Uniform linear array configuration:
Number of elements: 4
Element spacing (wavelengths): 0.75
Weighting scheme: hann
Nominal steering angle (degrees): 15
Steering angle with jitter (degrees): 13.048
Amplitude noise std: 0.05
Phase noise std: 0.05

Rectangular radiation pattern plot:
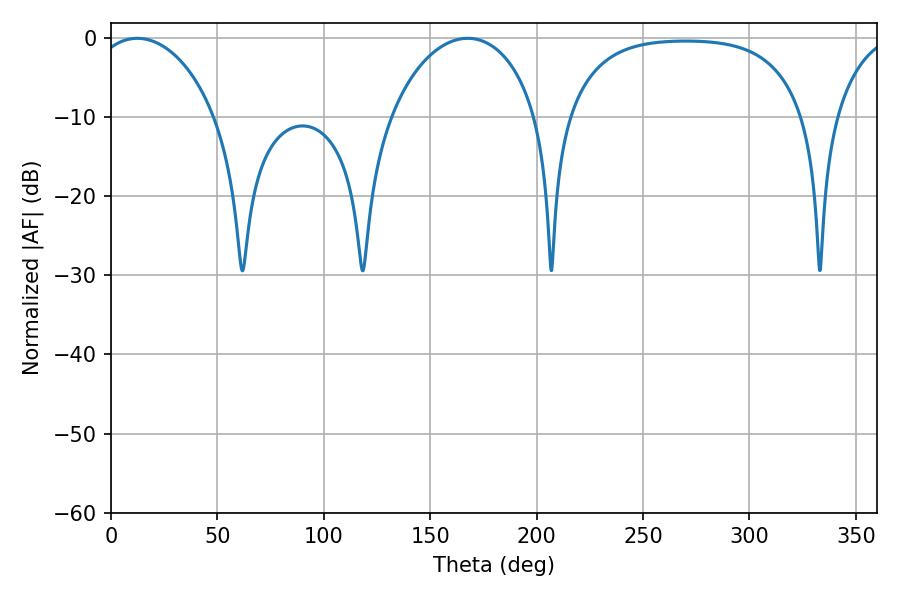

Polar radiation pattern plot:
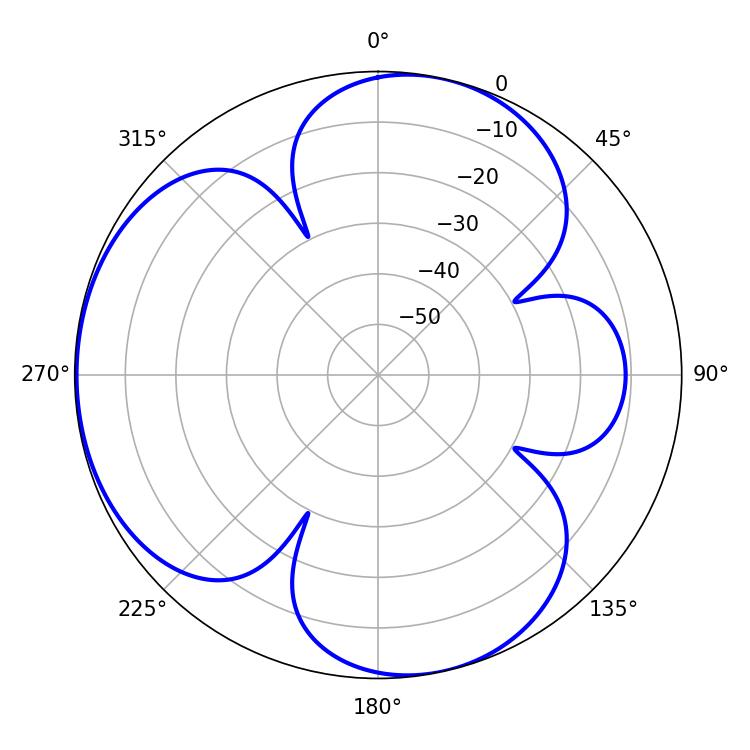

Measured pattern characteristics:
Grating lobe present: TRUE
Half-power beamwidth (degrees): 33.12
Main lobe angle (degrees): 12.42